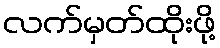
လက်မှတ်ထိုးဖို့